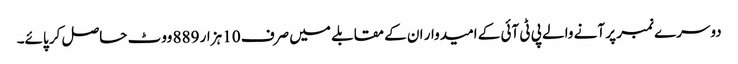
دوسرے نمبر پر آنے والے پی ٹی آئی کے امیدوار ان کے مقابلے میں صرف 10 ہزار 889 ووٹ حاصل کر پائے۔